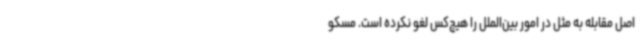
اصل مقابله به مثل در امور بین‌الملل را هیچ‌کس لغو نکرده است. مسکو